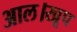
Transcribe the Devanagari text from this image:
आल।खूप